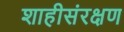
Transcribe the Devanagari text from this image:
शाहीसंरक्षण